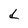
Character: d